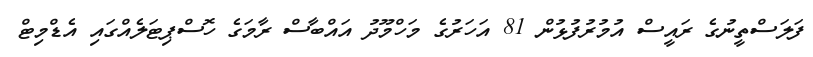
ފަލަސްތީނުގެ ރައީސް އުމުރުފުޅުން 81 އަހަރުގެ މަހްމޫދު އައްބާސް ރާމަގެ ހޮސްޕިޓަލެއްގައި އެޑްމިޓް